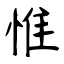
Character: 惟